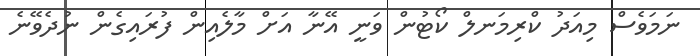
ނަމަވެސް މިއަދު ކްރިމަނލް ކޯޓުން ވަނީ އޭނާ އަށް މާލެއިން ފުރައިގެން ނުދެވޭނެ